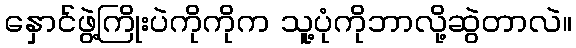
နှောင်ဖွဲ့ကြိုးပဲကိုကိုက သူ့ပုံကိုဘာလို့ဆွဲတာလဲ။